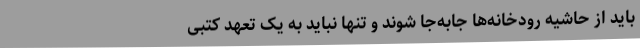
باید از حاشیه رودخانه‌ها جابه‌جا شوند و تنها نباید به یک تعهد کتبی